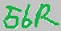
Text: 56R